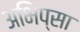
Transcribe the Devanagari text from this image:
अभिप्सा